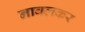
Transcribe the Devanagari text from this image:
नावलकर